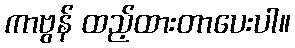
ကာဗွန် ထည့်ထားတာပေးပါ။